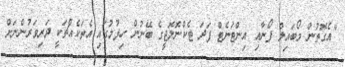
"އެގޮތުން މޯބައިލް ފޯނާއި އިންޓަނެޓް ފަދަ ޓެކްނޮލޮޖީގެ ބޭނުން ހިފުމުގައި އެތަކެއްޗަކީ ދަރިވަރުންނަށް